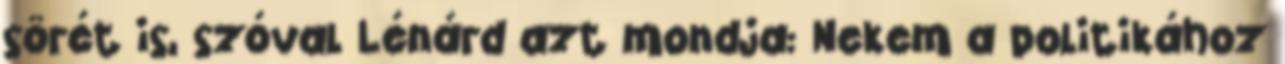
sörét is, szóval Lénárd azt mondja: Nekem a politikához